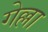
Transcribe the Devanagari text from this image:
गेल्ला